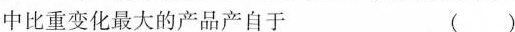
中比重变化最大的产品产自于 ()